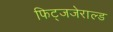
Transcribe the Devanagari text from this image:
फिट्जजेराल्ड